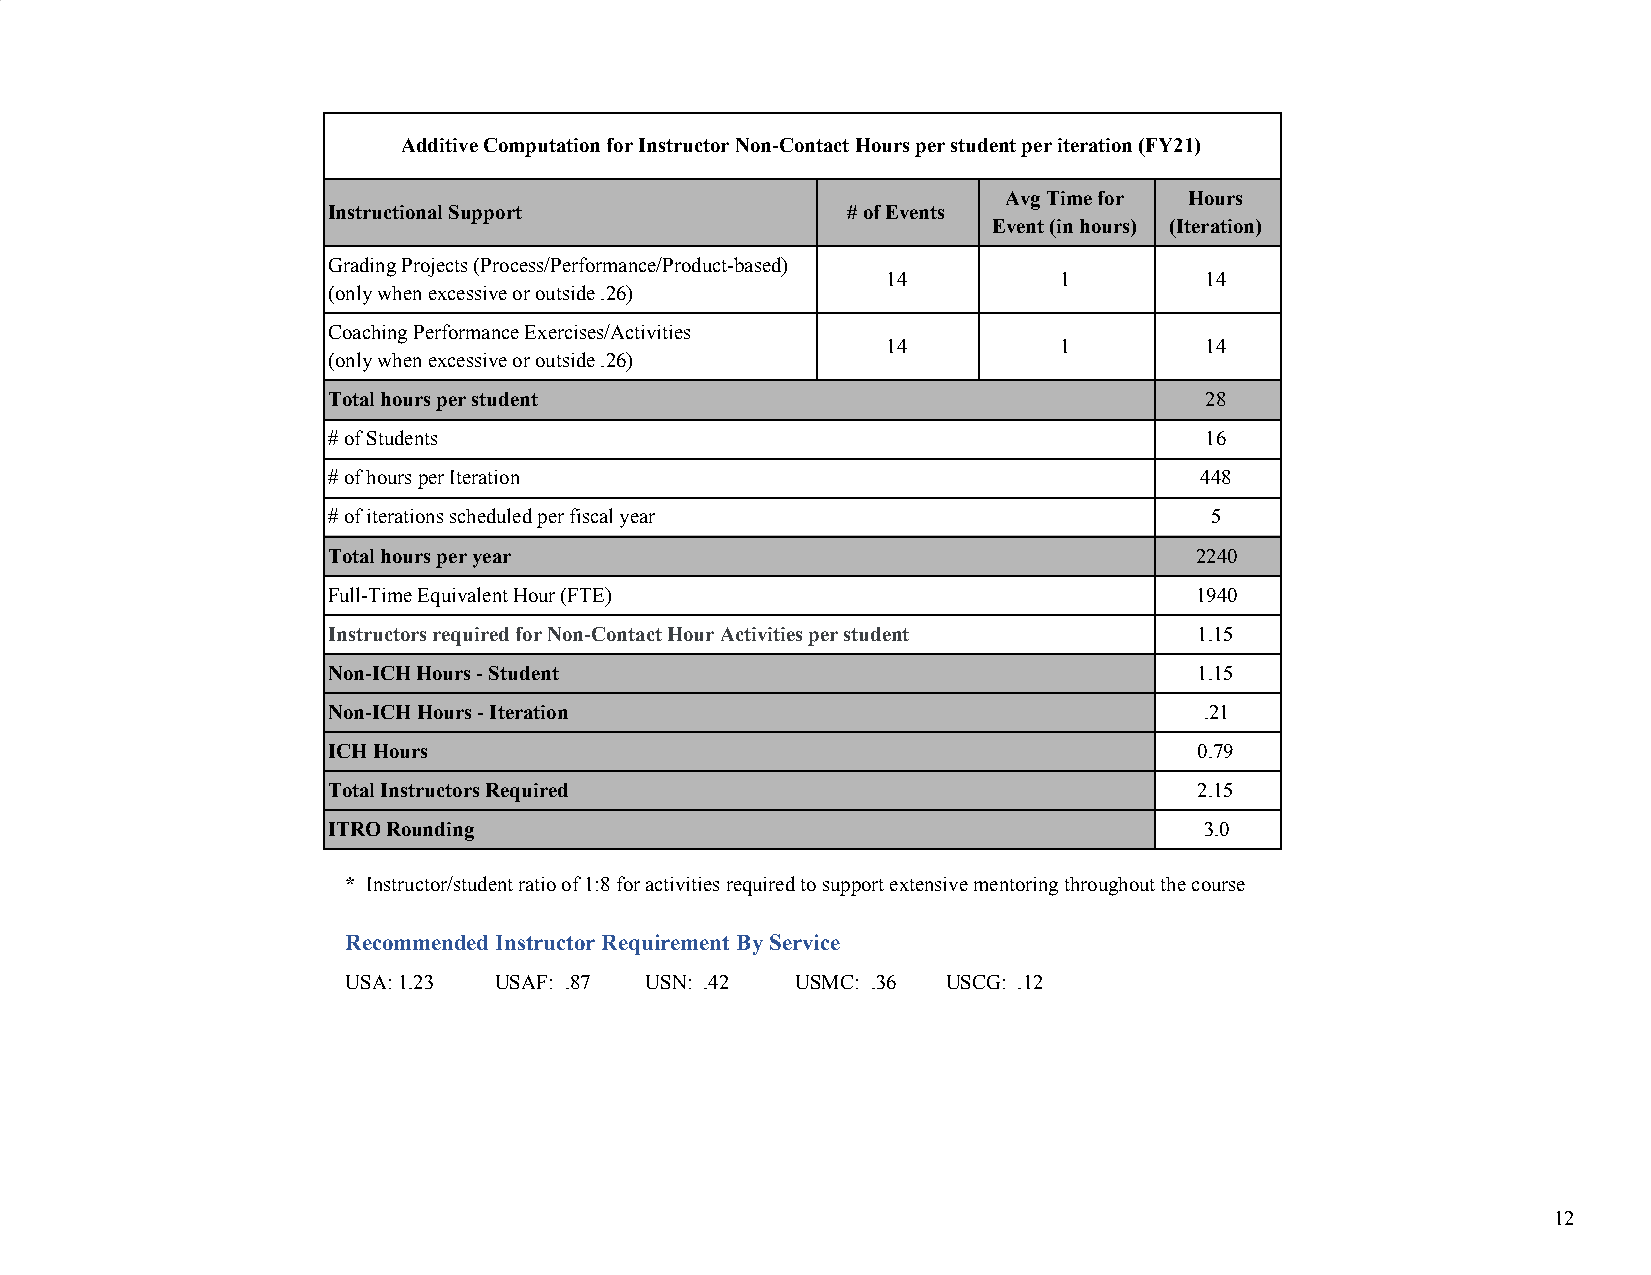
Additive Computation for Instructor Non-Contact Hours per student per iteration (FY21)
 Avg Time for Hours
 Instructional Support             # of Events
 Event (in hours) (Iteration)
 Grading Projects (Process/Performance/Product-based)
 14         1         14
 (only when excessive or outside .26)
 Coaching Performance Exercises/Activities
 14         1         14
 (only when excessive or outside .26)
 Total hours per student                                   28
 # of Students                                             16
 # of hours per Iteration                                 448
 # of iterations scheduled per fiscal year                 5
 Total hours per year                                     2240
 Full-Time Equivalent Hour (FTE)                          1940
 Instructors required for Non-Contact Hour Activities per student 1.15
 Non-ICH Hours - Student                                  1.15
 Non-ICH Hours - Iteration                                 .21
 ICH Hours                                                0.79
 Total Instructors Required                               2.15
 ITRO Rounding                                             3.0
 * Instructor/student ratio of 1:8 for activities required to support extensive mentoring throughout the course
 ​
 Recommended Instructor Requirement By Service
 USA: 1.23 USAF: .87 USN: .42  USMC: .36 USCG: .12
 12